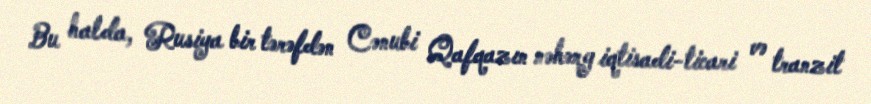
Bu halda, Rusiya bir tərəfdən Cənubi Qafqazın nəhəng iqtisadi-ticari və tranzit